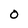
Character: 0